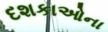
દશકાઓના